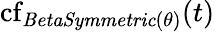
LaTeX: \operatorname{cf}_{\mathit{BetaSymmetric}(\theta)}(t)